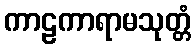
ကာဠကာရာမသုတ္တံ